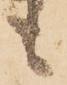
も